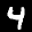
Label: 4